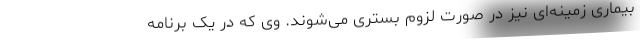
بیماری زمینه‌ای نیز در صورت لزوم بستری می‌شوند. وی که در یک برنامه